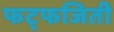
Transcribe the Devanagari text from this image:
फट्फजिती